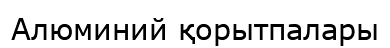
Алюминий қорытпалары